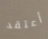
أعتقد